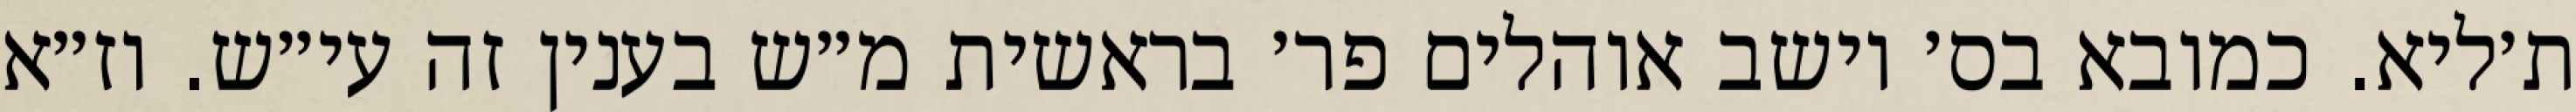
ת׳ליא. כמובא בס׳ יושב אוהלים פר׳ בראשית מ״ש בענין זה עי״ש. וז״א